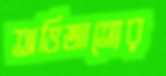
অভিজাত্যের